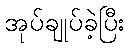
အုပ်ချုပ်ခဲ့ပြီး